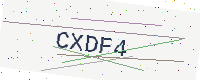
Text: CXDF4